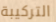
التركيبة